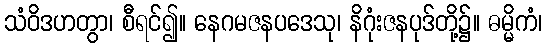
သံဝိဒဟတွာ၊ စီရင်၍။ နေဂမဇနပဒေသု၊ နိဂုံးဇနပုဒ်တို့၌။ ဓမ္မိကံ၊